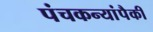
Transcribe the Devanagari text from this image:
पंचकन्यांपैकी